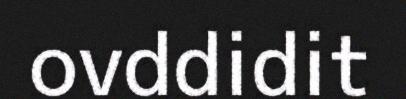
ovddidit